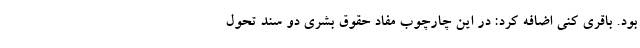
بود. باقری کنی اضافه کرد: در این چارچوب مفاد حقوق بشری دو سند تحول